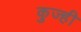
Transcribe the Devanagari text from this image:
कुज्ही